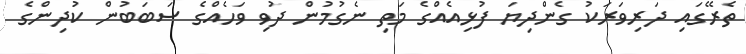
ތެރޭގައި ދަރިވަރަކު ގެންދިޔަ ފުޅިއެއްގެ މަތި ނެގުމުން ދުވި ވަހެއްގެ ސަބަބުން ކުދިންގެ